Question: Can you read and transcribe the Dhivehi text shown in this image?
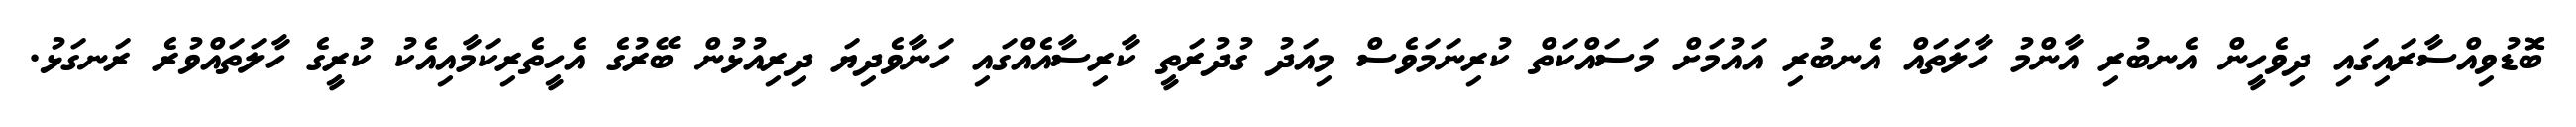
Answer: ބޮޮޑުވިއްސާރައިގައި ދިވެހީން އެނބުރި އާންމު ހާލަތައް އެނބުރި އައުމަށް މަސައްކަތް ކުރިނަމަވެސް މިއަދު ގުދުރަތީ ކާރިސާއެއްގައި ހަނާވެދިޔަ ދިރިއުޅުން ބޭރުގެ އެހީތެރިކަމާއިއެކު ކުރީގެ ހާލަތައްވުރެ ރަނގަޅު.